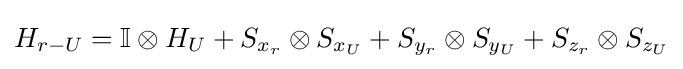
H_{r-U}=\mathbb {I} \otimes H_{U}+S_{x_{r}}\otimes S_{x_{U}}+S_{y_{r}}\otimes S_{y_{U}}+S_{z_{r}}\otimes S_{z_{U}}